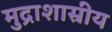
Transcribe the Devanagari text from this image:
मुद्राशास्रीय